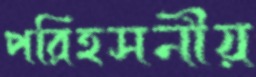
পরিহসনীয়